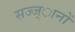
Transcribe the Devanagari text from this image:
सज्ज्ानों